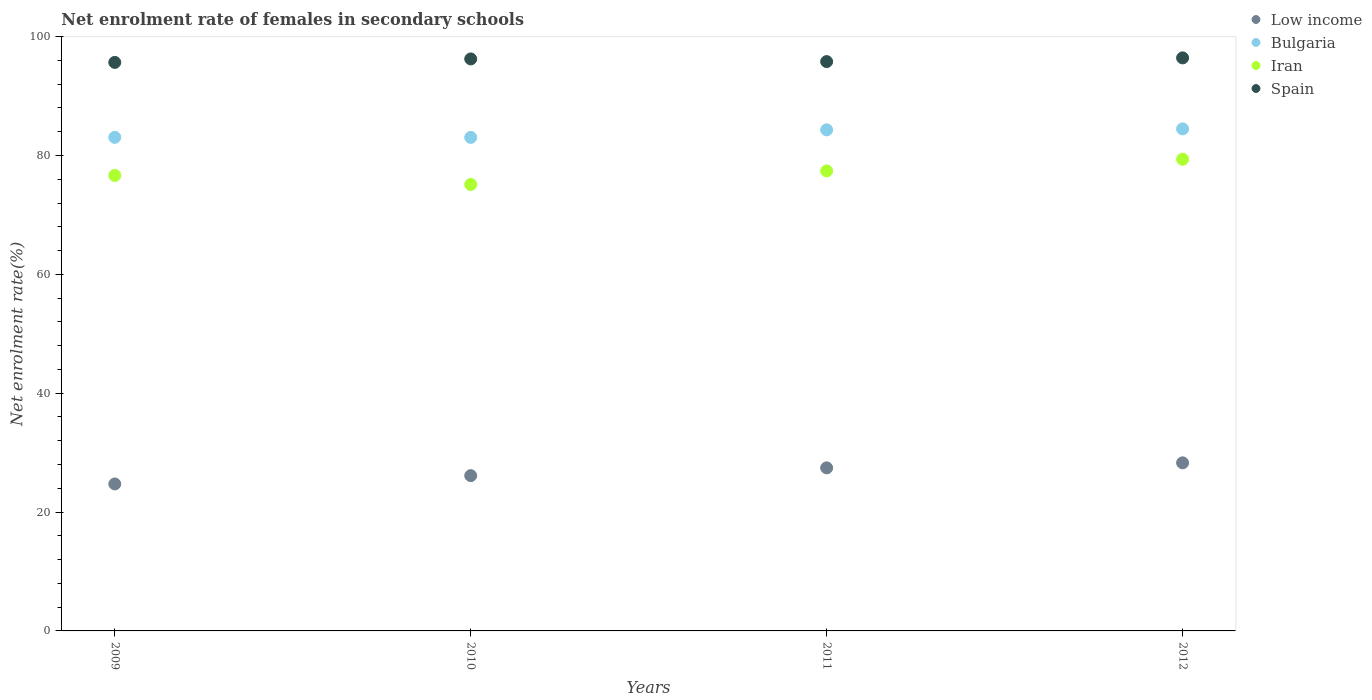
| Years | Low income | Bulgaria | Iran | Spain |
 | --- | --- | --- | --- | --- |
 | 2009 | 24.7 | 83 | 76.6 | 95.7 |
 | 2010 | 26.1 | 83 | 75.1 | 96.2 |
 | 2011 | 27.4 | 84.3 | 77.4 | 95.8 |
 | 2012 | 28.3 | 84.5 | 79.4 | 96.4 |